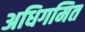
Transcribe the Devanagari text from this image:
अधिगमित